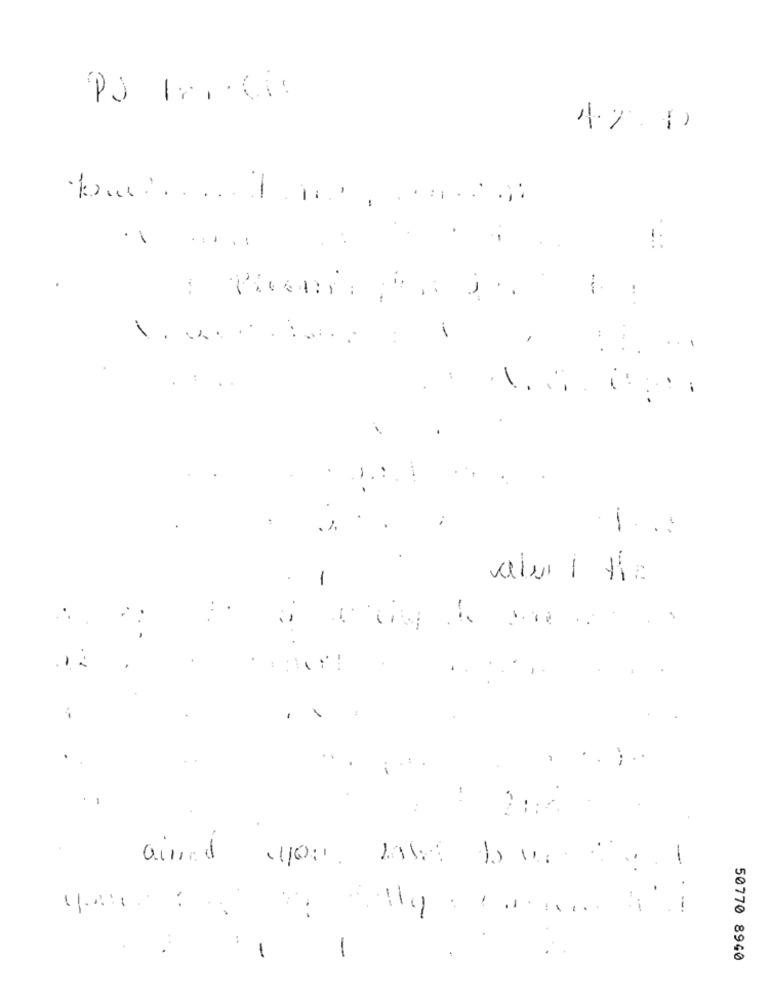
PJ Iri Ci:
47 9
..
1.
£
--
-
-
--
12
ained aos toks Jour
:
:
-
-
50770 8940